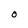
Character: O